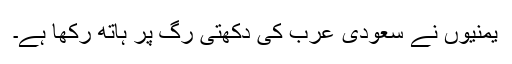
یمنیوں نے سعودی عرب کی دکھتی رگ پر ہاتھ رکھا ہے۔